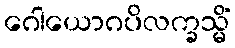
ဂေါယောဂပိလက္ခသ္မိံ